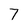
Character: 7